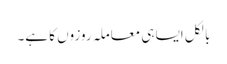
بالکل ایسا ہی معاملہ روزوں کا ہے۔